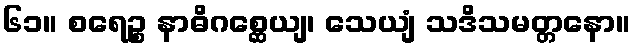
၆၁။ စရေဉ္စ နာဓိဂစ္ဆေယျ၊ သေယျံ သဒိသမတ္တနော။